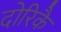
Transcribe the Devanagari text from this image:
दोरिकै